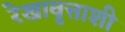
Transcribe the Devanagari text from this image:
रेखावृत्ताशी